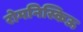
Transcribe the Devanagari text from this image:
रोमनिस्किऊ